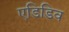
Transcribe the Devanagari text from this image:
एडिडिव